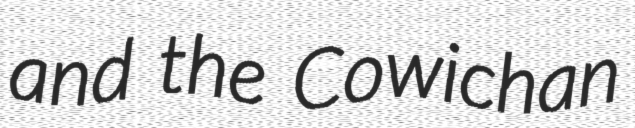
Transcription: and the Cowichan